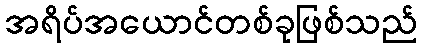
အရိပ်အယောင်တစ်ခုဖြစ်သည်